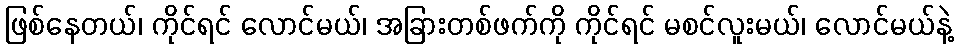
ဖြစ်နေတယ်၊ ကိုင်ရင် လောင်မယ်၊ အခြားတစ်ဖက်ကို ကိုင်ရင် မစင်လူးမယ်၊ လောင်မယ်နဲ့